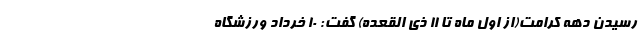
رسیدن دهه کرامت(از اول ماه تا ۱۱ ذی القعده) گفت: ۱۰ خرداد ورزشگاه